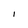
Character: I